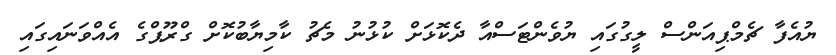
ޔުއެފާ ޗެމްޕިއަންސް ލީގުގައި ޔުވެންޓަސްއާ ދެކޮޅަށް ކުޅުނު މެޗު ކާމިޔާބުކޮށް ގްރޫޕްގެ އެއްވަނައިގައި